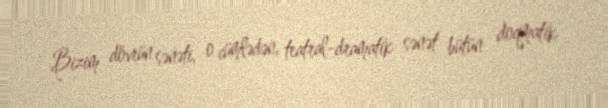
Bizim dövrün sənəti, o cümlədən, teatral-dramatik sənət bütün doqmatik